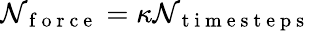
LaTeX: \mathcal{N}_{\mathrm{{~f~o~r~c~e~}}}=\kappa\mathcal{N}_{\mathrm{{~t~i~m~e~s~t~e~p~s~}}}